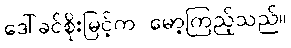
ဒေါ်ခင်စိုးမြင့်က မော့ကြည့်သည်။